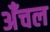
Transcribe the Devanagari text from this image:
अँचल